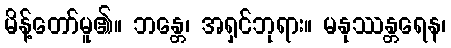
မိန့်တော်မူ၏။ ဘန္တေ၊ အရှင်ဘုရား။ မနုဿန္တရေန၊